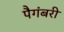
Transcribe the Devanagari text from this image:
पैगंबरी